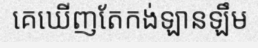
គេឃើញតែកង់ឡានឡឹម